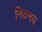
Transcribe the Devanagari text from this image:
नियनय